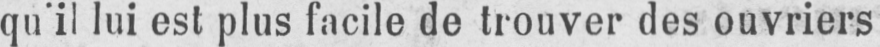
qu’il lui est plus facile de trouver des ouvriers